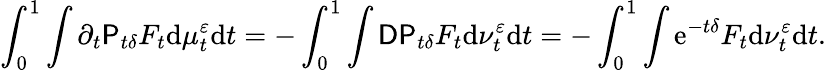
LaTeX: \int_{0}^{1}\int\partial_{t}\mathsf{P}_{t\delta}F_{t}\mathrm{d}\mu_{t}^{\varepsilon}\mathrm{d}t=-\int_{0}^{1}\int\mathsf{D}\mathsf{P}_{t\delta}F_{t}\mathrm{d}\nu_{t}^{\varepsilon}\mathrm{d}t=-\int_{0}^{1}\int\mathrm{e}^{-t\delta}F_{t}\mathrm{d}\nu_{t}^{\varepsilon}\mathrm{d}t.